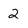
Character: 2